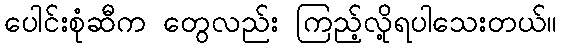
ပေါင်းစုံဆီက တွေလည်း ကြည့်လို့ရပါသေးတယ်။